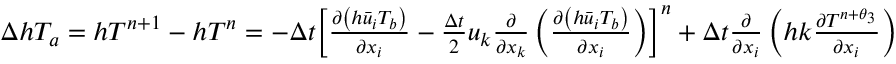
\begin{array} { r } { \Delta h { { T } _ { a } } = h { { T } ^ { n + 1 } } - h { { T } ^ { n } } = - \Delta t { { \left[ \frac { \partial \left( h { { { \bar { u } } } _ { i } } T _ { b } \right) } { \partial { { x } _ { i } } } - \frac { \Delta t } { 2 } { { u } _ { k } } \frac { \partial } { \partial { { x } _ { k } } } \left( \frac { \partial \left( h { { { \bar { u } } } _ { i } } T _ { b } \right) } { \partial { { x } _ { i } } } \right) \right] } ^ { n } } + \Delta t \frac { \partial } { \partial { { x } _ { i } } } \left( h k \frac { \partial { { T } ^ { n + { { \theta } _ { 3 } } } } } { \partial { { x } _ { i } } } \right) } \end{array}